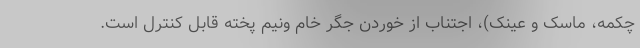
چکمه، ماسک و عینک)، اجتناب از خوردن جگر خام ونیم پخته قابل کنترل است.